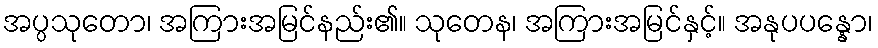
အပ္ပသုတော၊ အကြားအမြင်နည်း၏။ သုတေန၊ အကြားအမြင်နှင့်။ အနုပပန္နော၊